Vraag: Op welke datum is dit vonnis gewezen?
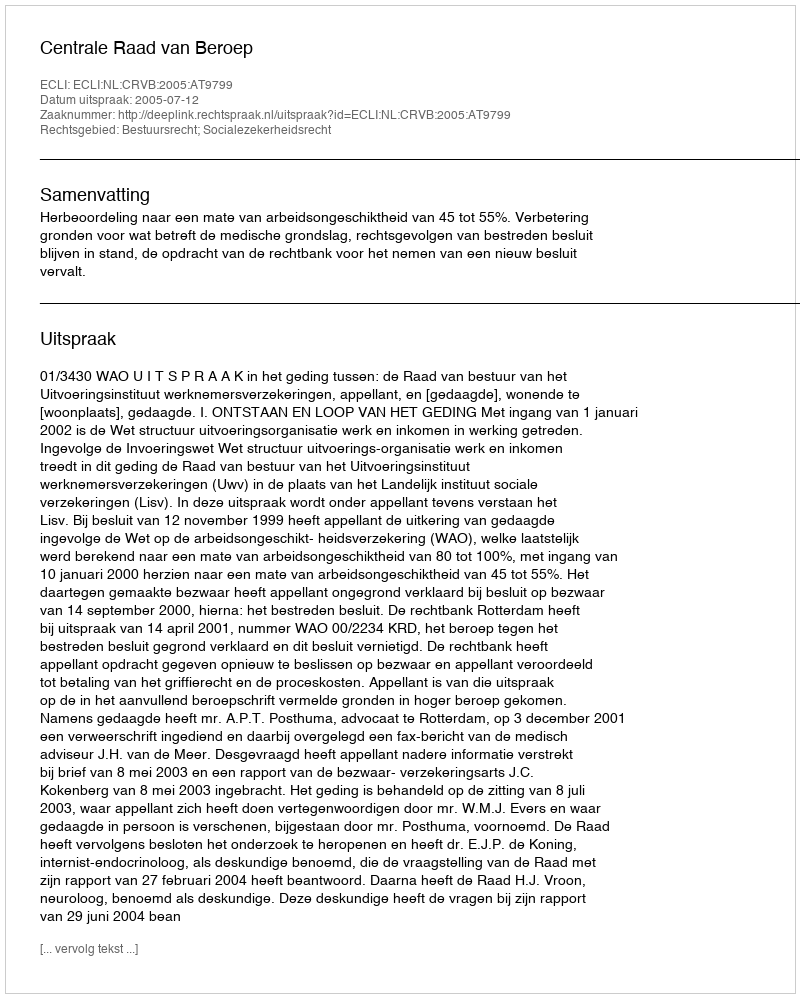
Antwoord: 2005-07-12